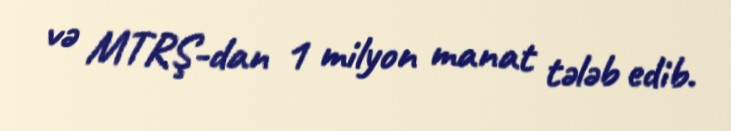
və MTRŞ-dan 1 milyon manat tələb edib.